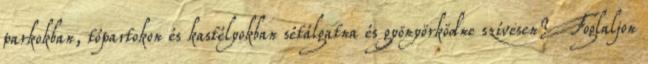
parkokban, tópartokon és kastélyokban sétálgatna és gyönyörködne szívesen? Foglaljon